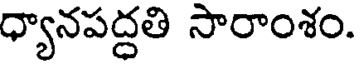
ధ్యానపద్ధతి సారాంశం.